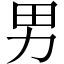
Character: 男